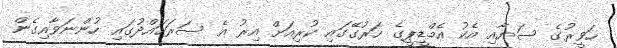
ހަވީރުގެ ސަޔާއި އެކު އެމްޑީޕީގެ ހަރުގޭގައި ކުރިއަށް އިރު އެ ސަރަހައްދުގައި ހުންނަވާއިގެން